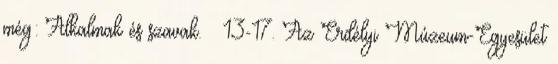
még: Alkalmak és szavak. – 13-17. Az Erdélyi Múzeum-Egyesület